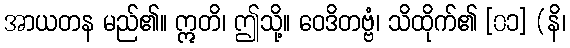
အာယတန မည်၏။ ဣတိ၊ ဤသို့။ ဝေဒိတဗ္ဗံ၊ သိထိုက်၏ [၀၁] (နိ၊